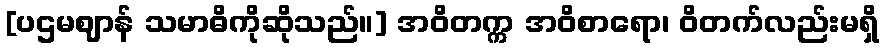
[ပဌမဈာန် သမာဓိကိုဆိုသည်။] အဝိတက္က အဝိစာရော၊ ဝိတက်လည်းမရှိ